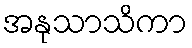
အနုသာသိကာ